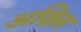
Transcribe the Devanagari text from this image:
अज्रिल